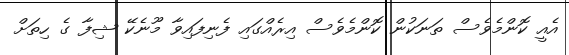
އެއީ ކޮންމެވެސް ތަނަކުން ކޮންމެވެސް އިރެއްގައި ފެނިފައިވާ މޫނެކޭ ޝިފާ ގެ ހިތަށް